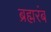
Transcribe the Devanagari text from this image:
ब्रह्मरंब